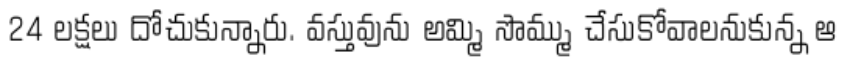
24 లక్షలు దోచుకున్నారు. వస్తువును అమ్మి సొమ్ము చేసుకోవాలనుకున్న ఆ